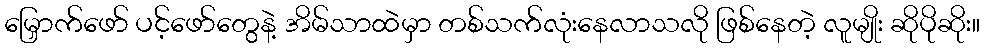
မြှောက်ဖော် ပင့်ဖော်တွေနဲ့ အိမ်သာထဲမှာ တစ်သက်လုံးနေလာသလို ဖြစ်နေတဲ့ လူမျိုး ဆိုပိုဆိုး။